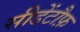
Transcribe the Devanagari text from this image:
सीडेंटौफ़